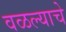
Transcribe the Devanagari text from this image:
वळल्याचे